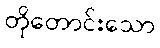
တိုတောင်းသော